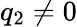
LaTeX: q_{2}\neq 0